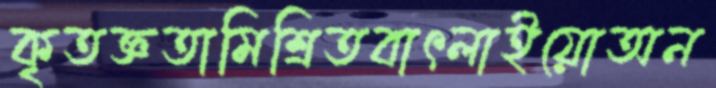
কৃতজ্ঞতামিশ্রিতবাৎলাইয়োঅন